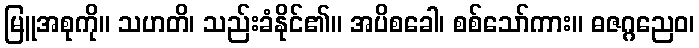
မြူအစုကို။ သဟတိ၊ သည်းခံနိုင်၏။ အပိစခေါ၊ စစ်သော်ကား။ ဓဇဂ္ဂညေဝ၊